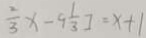
\frac { 2 } { 3 } x - 9 \frac { 1 } { 3 } ] = x + 1